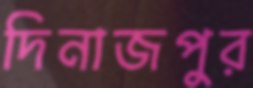
দিনাজপুর